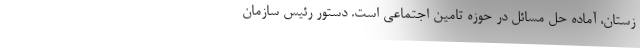
زستان، آماده حل مسائل در حوزه تامین اجتماعی است. دستور رئیس سازمان